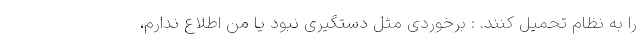
را به نظام تحمیل کنند. : برخوردی مثل دستگیری نبود یا من اطلاع ندارم،